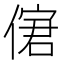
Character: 𠌣